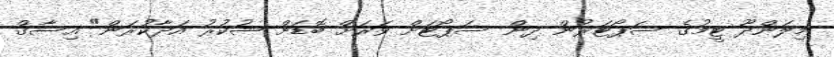
މިލަންދޫ ޓީމުގެ ސަޕޯޓަރުން ދިން ސަޕޯޓަށް ވަރަށް ބޮޑަށް ޝުކުރު އަދާކުރަން" އިސާގް